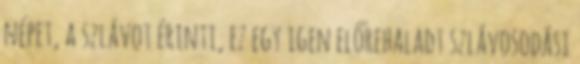
népet, a szlávot érinti, ez egy igen előrehaladt szlávosodási